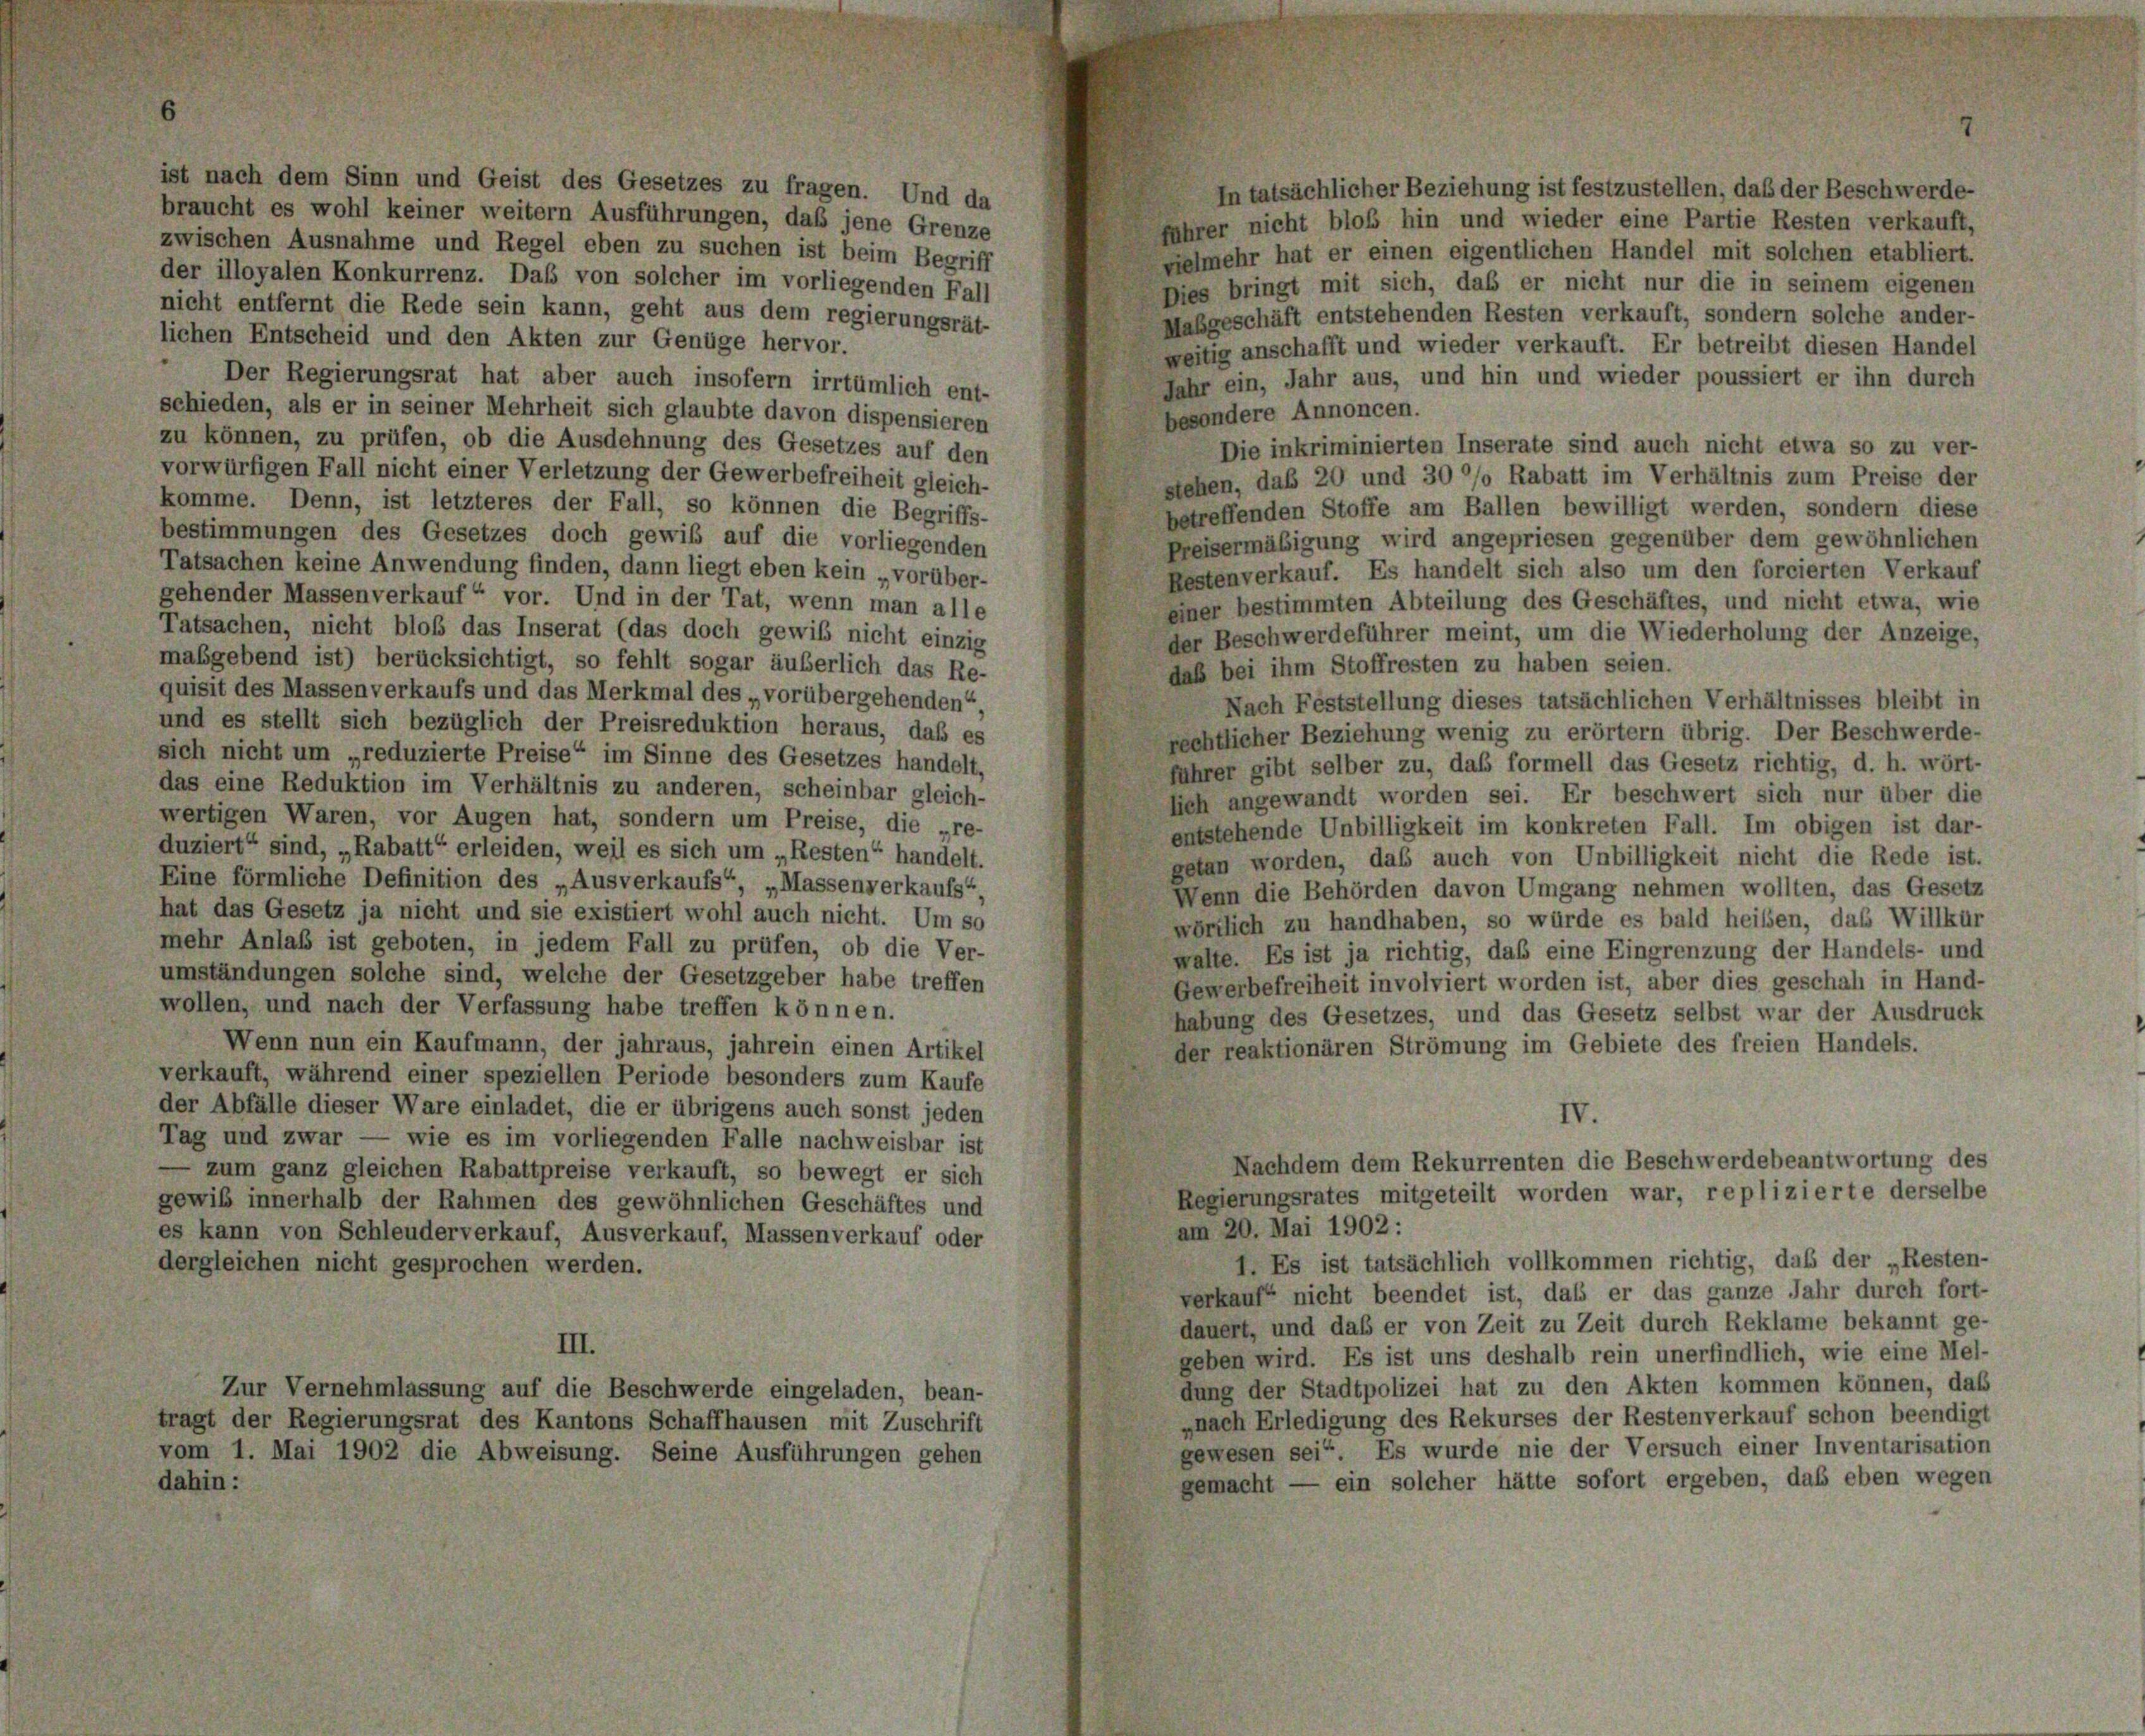
ist nach dem Sinn und Geist des Gesetzes zu fragen. Und da
braucht es wohl keiner weitern Ausführungen, daß jene Grenze
zwischen Ausnahme und Regel eben zu suchen ist beim Begriff
der illoyalen Konkurrenz. Das von solcher im vorliegenden Fall
nicht entfernt die Rede sein kann, geht aus dem regierungsrät-
lichen Entscheid und den Akten zur Genüge hervor.
Der Regierungsrat hat aber auch insofern irrtümlich ent-
schieden, als er in seiner Mehrheit sich glaubte davon dispensieren
zu können, zu prüfen, ob die Ausdehnung des Gesetzes auf den
vorwürfigen Fall nicht einer Verletzung der Gewerbefreiheit gleich-
komme. Denn, ist letzteres der Fall, so können die Begriffs-
bestimmungen des Gesetzes doch gewiß auf die vorliegenden
Tatsachen keine Anwendung finden, dann liegt eben kein „vorüber-
gehender Massenverkauf“ vor. Und in der Tat, wenn man alle
Tatsachen, nicht bloß das Inserat (das doch gewiß nicht einzig
maßgebend ist) berücksichtigt, so fehlt sogar äußerlich das Re-
quisit des Massen verkaufs und das Merkmal des „vorübergehenden“
und es stellt sich bezüglich der Preisreduktion heraus, daß es
sich nicht um „reduzierte Preise“ im Sinne des Gesetzes handelt,
das eine Reduktion im Verhältnis zu anderen, scheinbar gleich-
wertigen Waren, vor Augen hat, sondern um Preise, die „re-
duziert“ sind, „Rabatt“ erleiden, weil es sich um „Resten“ handelt.
Eine förmliche Definition des „Ausverkaufs“, „Massenverkaufs“,
hat das Gesetz ja nicht und sie existiert wohl auch nicht. Um so
mehr Anlaß ist geboten, in jedem Fall zu prüfen, ob die Ver-
umständungen solche sind, welche der Gesetzgeber habe treffen
wollen, und nach der Verfassung habe treffen können.
Wenn nun ein Kaufmann, der jahraus, jahrein einen Artikel
verkauft, während einer speziellen Periode besonders zum Kaufe
der Abfälle dieser Ware einladet, die er übrigens auch sonst jeden
Tag und zwar — wie es im vorliegenden Falle nachweisbar ist
zum ganz gleichen Rabattpreise verkauft, so bewegt er sich
gewiß innerhalb der Rahmen des gewöhnlichen Geschäftes und
es kann von Schleuderverkauf, Ausverkauf, Massenverkauf oder
dergleichen nicht gesprochen werden.
III.
Zur Vernehmlassung auf die Beschwerde eingeladen, bean-
tragt der Regierungsrat des Kantons Schaffhausen mit Zuschrift
vom 1. Mai 1902 die Abweisung. Seine Ausführungen gehen

In tatsächlicher Beziehung ist festzustellen, daß der Beschwerde-
fahrer nicht bloß hin und wieder eine Partie Resten verkauft,
vielmehr hat er einen eigentlichen Handel mit solchen etabliert.
Dies bringt mit sich, das er nicht nur die in seinem eigenen
Mabgeschäft entstehenden Resten verkauft, sondern solche ander-
weitig anschafft und wieder verkauft. Er betreibt diesen Handel
Jahr ein, Jahr aus, und hin und wieder poussiert er ihn durch
besondere Annoncen.
Die inkriminierten Inserate sind auch nicht etwa so zu ver-
stehen, daß 20 und 30 %% Rabatt im Verhältnis zum Preise der
betreffenden Stoffe am Ballen bewilligt werden, sondern diese
Preisermäbigung wird angepriesen gegenüber dem gewöhnlichen
Restenverkauf. Es handelt sich also um den forcierten Verkauf
einer bestimmten Abteilung des Geschäftes, und nicht etwa, wie
der Beschwerdeführer meint, um die Wiederholung der Anzeige,
daß bei ihm Stoffresten zu haben seien.
Nach Feststellung dieses tatsächlichen Verhältnisses bleibt in
rechtlicher Beziehung wenig zu erörtern übrig. Der Beschwerde-
führer gibt selber zu, daß formell das Gesetz richtig, d. h. wört-
sich angewandt worden sei. Er beschwert sich nur über die
entstehende Unbilligkeit im konkreten Fall. Im obigen ist dar-
getan worden, das auch von Unbilligkeit nicht die Rede ist.
Wenn die Behörden davon Umgang nehmen wollten, das Gesetz
wörtlich zu handhaben, so würde es bald heißen, das Willkür
walte. Es ist ja richtig, daß eine Eingrenzung der Handels- und
Gewerbefreiheit involviert worden ist, aber dies geschall in Hand-
habung des Gesetzes, und das Gesetz selbst war der Ausdruck
der reaktionären Strömung im Gebiete des freien Handels.
IV.
Nachdem dem Rekurrenten die Beschwerdebeantwortung des
Regierungsrates mitgeteilt worden war, replizierte derselbe
am 20. Mai 1902:
1 Es ist tatsächlich vollkommen richtig, das der „Resten-
verkauf nicht beendet ist, dass er das ganze Jahr durch fort-
dauert, und daß er von Zeit zu Zeit durch Reklame bekannt ge-
geben wird. Es ist uns deshalb rein unerfindlich, wie eine Mel-
dung der Stadtpolizei hat zu den Akten kommen können, das
„nach Erledigung des Rekurses der Restenverkauf schon beendigt
gewesen sei“. Es wurde nie der Versuch einer Inventarisation
gemacht — ein solcher hätte sofort ergeben, daß eben wegen